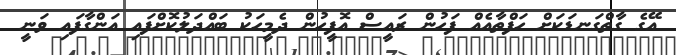
އޭގެ ގާތްގަނޑަކަށް ހަފްތާއެއް ފަހުން ރައީސް އޮފީހުން ދެމީހަކު ބައްދަލުކޮށްފައި އަންގާފައި ވަނީ